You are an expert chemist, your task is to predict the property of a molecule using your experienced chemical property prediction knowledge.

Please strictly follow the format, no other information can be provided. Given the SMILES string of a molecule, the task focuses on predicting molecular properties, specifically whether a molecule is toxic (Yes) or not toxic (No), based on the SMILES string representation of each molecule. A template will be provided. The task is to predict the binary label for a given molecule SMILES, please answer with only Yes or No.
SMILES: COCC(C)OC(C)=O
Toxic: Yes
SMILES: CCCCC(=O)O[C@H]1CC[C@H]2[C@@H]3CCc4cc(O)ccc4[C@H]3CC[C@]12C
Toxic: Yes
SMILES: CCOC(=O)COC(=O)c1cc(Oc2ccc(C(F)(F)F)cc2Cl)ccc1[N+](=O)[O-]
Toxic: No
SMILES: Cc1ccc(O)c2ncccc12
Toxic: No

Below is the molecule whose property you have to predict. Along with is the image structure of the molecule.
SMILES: C=CC(C)(O)CC/C=C(/C)CCC=C(C)C
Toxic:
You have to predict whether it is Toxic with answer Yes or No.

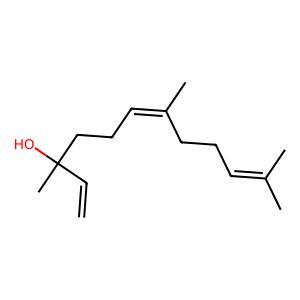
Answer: No